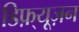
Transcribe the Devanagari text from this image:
डिफ़्यूज़न